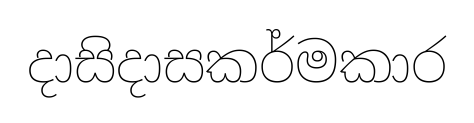
දාසිදාසකර්මකාර